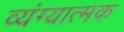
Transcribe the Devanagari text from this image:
व्‍यंग्‍यात्‍मक